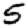
Digit: 5